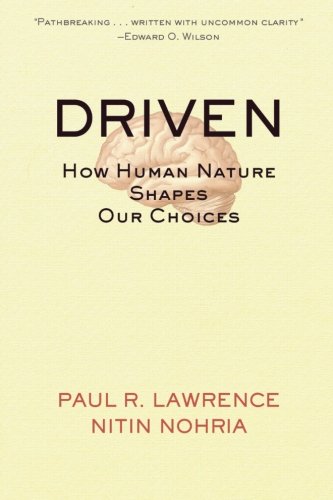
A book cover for Driven: How Human Nature Shapes Our Choices; Paul R. Lawrence; Medical Books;